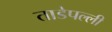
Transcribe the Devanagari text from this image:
ताडेपल्ली